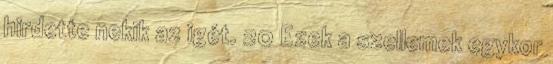
hirdette nekik az igét. 20 Ezek a szellemek egykor